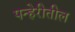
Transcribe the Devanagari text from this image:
पन्हेरीतील